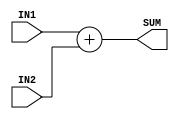
module adderSubNbit(
input wire [N - 1:0] IN1,
input wire [N - 1:0] IN2,
output wire [N - 1:0] SUM
);

parameter [31:0] N = 32;




  assign SUM = IN1 + IN2;

endmodule